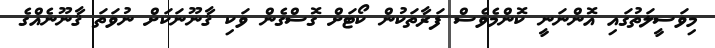
މިވަސީލަތުގައި އޮންނަނީ ކޮންމެވެސް ފަރާތަކުން ކޯޓަށް ގޮސްގެން ވަކި ޤާނޫނަކަށް ނުވަތަ ޤާނޫނެއްގެ